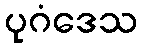
ပုဂံဒေသ